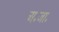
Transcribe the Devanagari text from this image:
अ॰जा॰